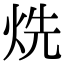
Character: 烍